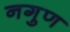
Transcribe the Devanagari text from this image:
नगुण